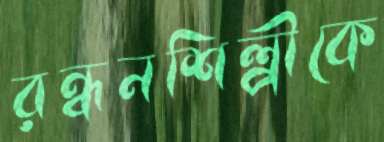
রন্ধনশিল্পীকে